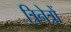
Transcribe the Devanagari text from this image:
त्रिनेत्रों